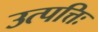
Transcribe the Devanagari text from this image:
उत्पत्तिः